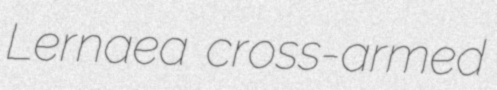
Lernaea cross-armed